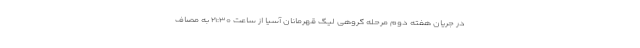
در جریان هفته دوم مرحله گروهی لیگ قهرمانان آسیا از ساعت ۲۱:۳۰ به مصاف